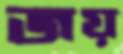
জয়